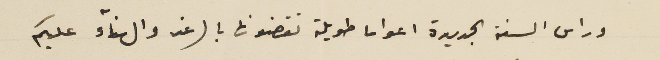
وراس السنة الجديدة اعواما طويلة تقضونها بالرغد والهناء عليكم